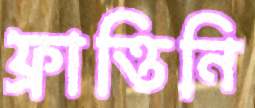
ফ্রাত্তিনি